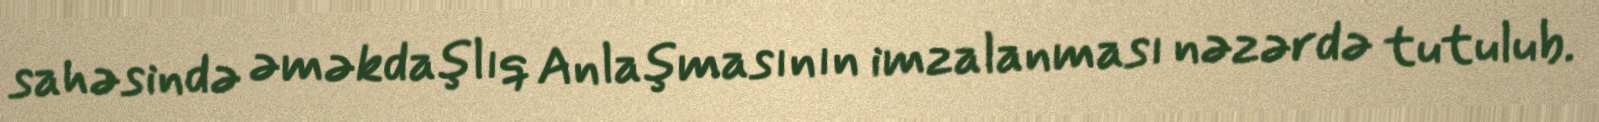
sahəsində əməkdaşlıq Anlaşmasının imzalanması nəzərdə tutulub.